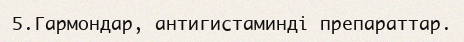
5.Гармондар, антигистаминді препараттар.